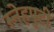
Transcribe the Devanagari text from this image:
स्नेहपुटी